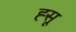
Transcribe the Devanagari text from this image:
ह्सू